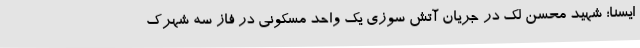
ایسنا؛ شهید محسن لک در جریان آتش سوزی یک واحد مسکونی در فاز سه شهرک